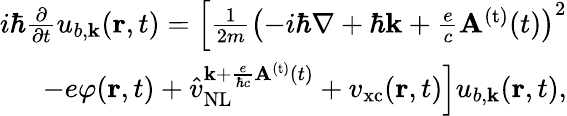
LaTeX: \begin{array}{r}{i\hbar\frac{\partial}{\partial t}u_{b,{\mathbf k}}({\mathbf r},t)=\Big[\frac{1}{2m}{\left(-i\hbar\nabla+\hbar{\mathbf k}+\frac{e}{c}{\mathbf A}^{\mathrm{(t)}}(t)\right)}^{2}}\\ {-e\varphi({\mathbf r},t)+\hat{v}_{\mathrm{NL}}^{{{\mathbf k}+\frac{e}{\hbar c}{\mathbf A}^{\mathrm{(t)}}(t)}}+{v}_{\mathrm{xc}}({\mathbf r},t)\Big]u_{b,{\mathbf k}}({\mathbf r},t),}\end{array}